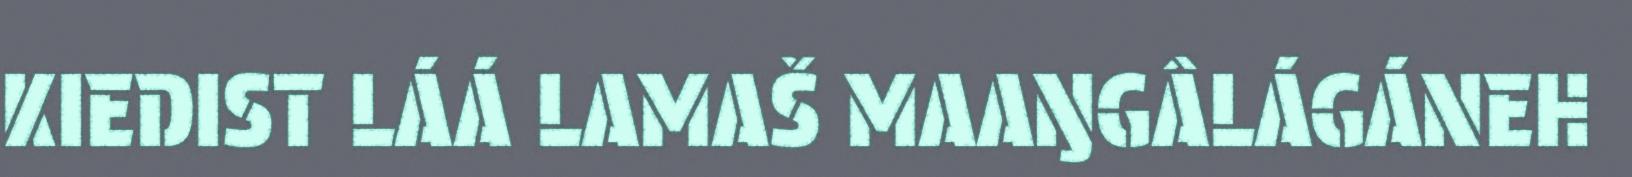
KIEDIST LÁÁ LAMAŠ MAAŊGÂLÁGÁNEH